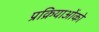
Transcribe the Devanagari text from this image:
प्रक्रियाओंको